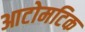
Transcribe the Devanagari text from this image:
आटोमटिक